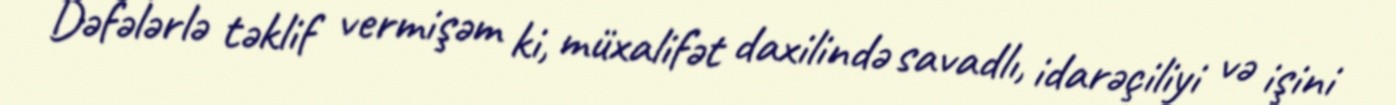
Dəfələrlə təklif vermişəm ki, müxalifət daxilində savadlı, idarəçiliyi və işini